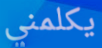
يكلمني